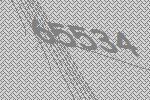
65534